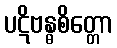
ပဋိဗန္ဓစိတ္တော